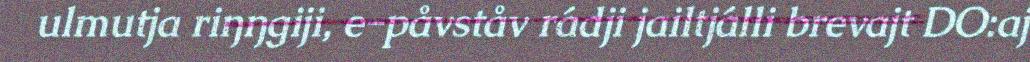
ulmutja riŋŋgiji, e-påvståv rádji jailtjálli brevajt DO:aj